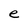
Character: e